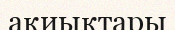
ақиықтары